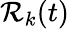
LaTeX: \mathcal{R}_{k}(t)